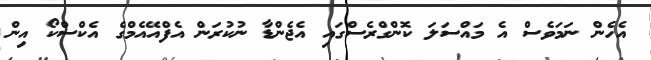
އެހެން ނަމަވެސް އެ މައްސަލަ ކޮންގްރެސްގައި އެޖެންޑާ ނުކުރަން އެފްއޭއެމްގެ އެކްސްކޯ އިން